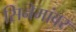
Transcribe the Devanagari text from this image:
सिनेमांवर